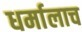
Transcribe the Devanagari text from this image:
धर्मालाच